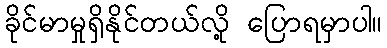
ခိုင်မာမှုရှိနိုင်တယ်လို့ ပြောရမှာပါ။